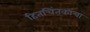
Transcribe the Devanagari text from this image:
हितचिंतकांचा